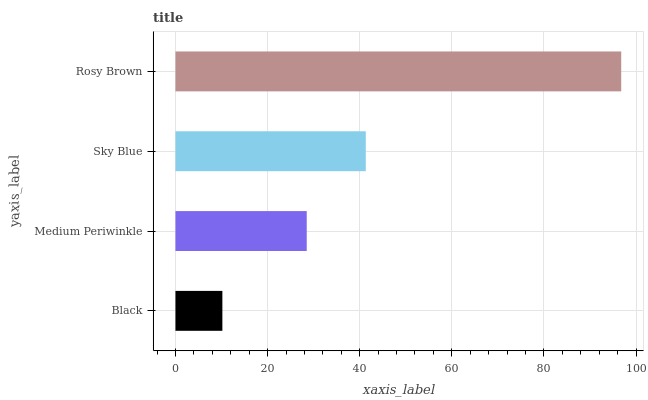
| yaxis_label | bars |
 | --- | --- |
 | Black | 10.2 |
 | Medium Periwinkle | 28.5 |
 | Sky Blue | 41.3 |
 | Rosy Brown | 96.8 |